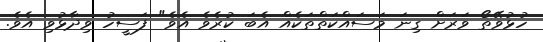
ހުޅުވޭތޯ ވަރަށް ގިނަ މަސައްކަތްތަކެއް އެބަ ކުރެވެ އެވެ" ފަސީހު ވިދާޅުވި އެވެ.